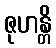
ဇုဟန္တိ